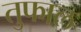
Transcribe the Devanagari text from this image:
तुफाल